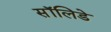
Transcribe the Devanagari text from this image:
सॉलिडे